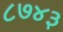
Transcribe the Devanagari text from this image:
८७४३